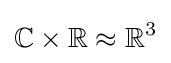
\mathbb {C} \times \mathbb {R} \approx \mathbb {R} ^{3}